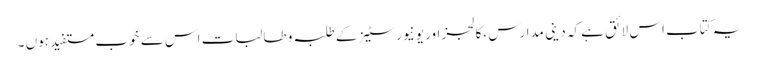
یہ کتاب اس لائق ہے کہ دینی مدارس ،کالجز اور یونیورسٹیز کے طلبہ و طالبات اس سے خوب مستفید ہوں ۔